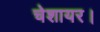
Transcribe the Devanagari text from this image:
चेशायर।